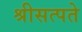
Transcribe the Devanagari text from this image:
श्रीसत्पते